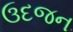
ઉદજન